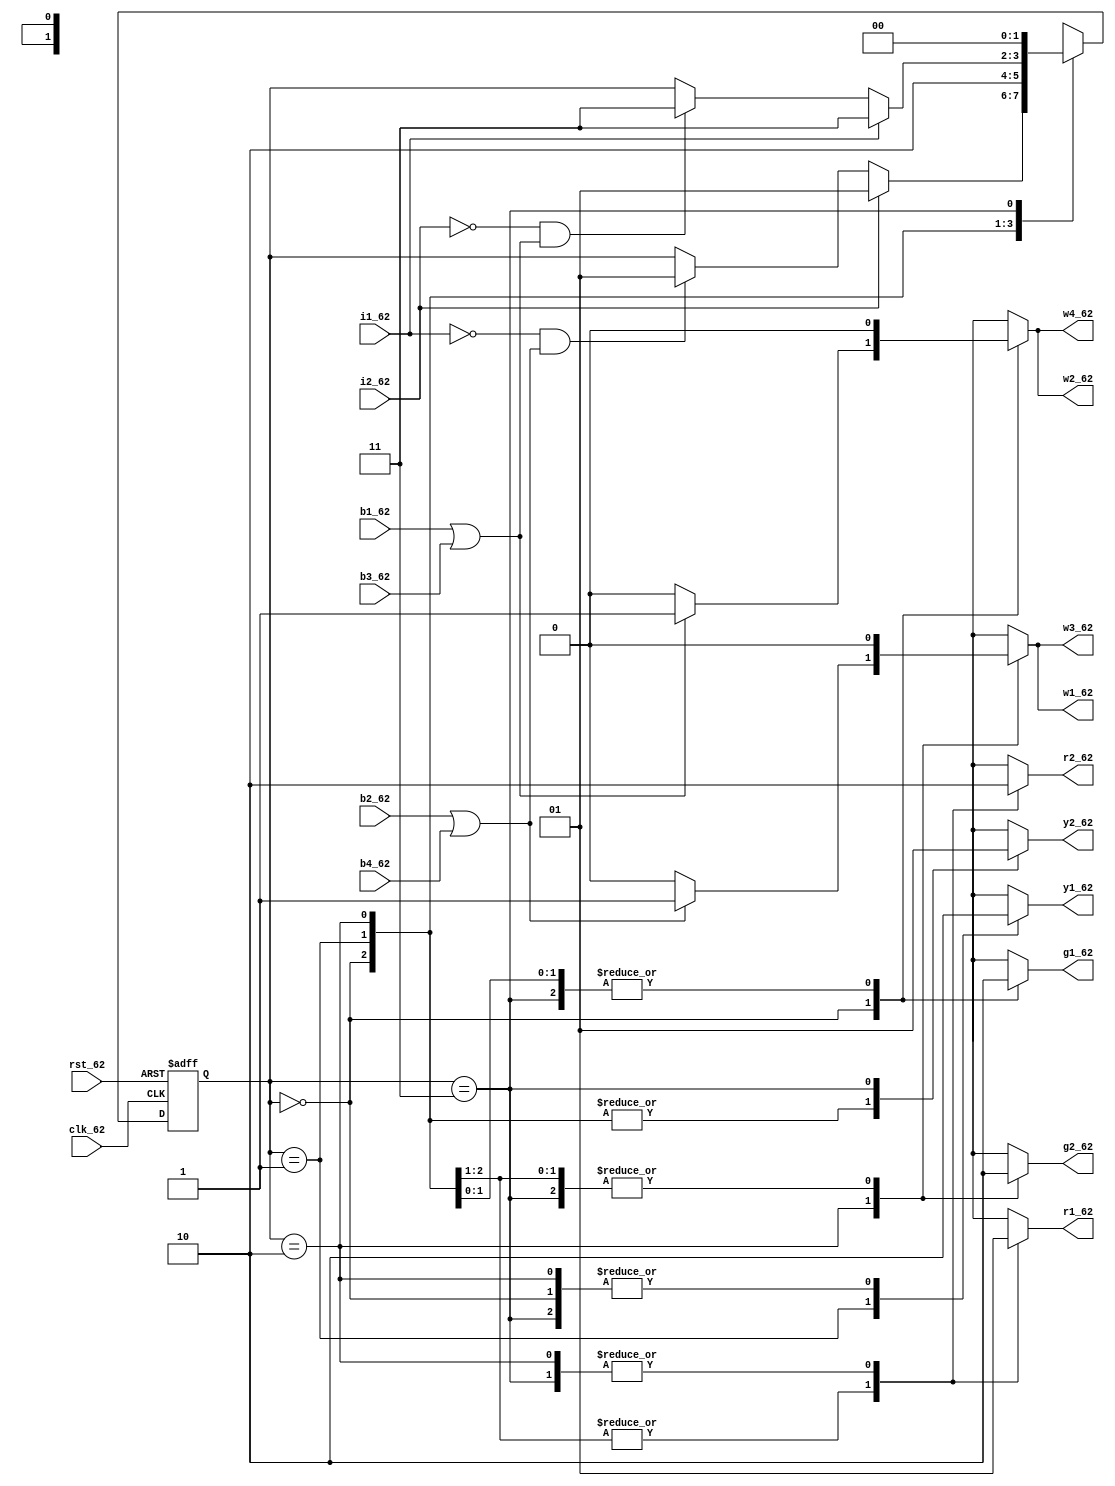
`timescale 1ns / 1ps
module labj(clk_62, rst_62, i1_62, i2_62, b1_62, b2_62, b3_62, b4_62, r1_62, y1_62, g1_62, r2_62, y2_62, g2_62, w1_62, w2_62, w3_62, w4_62);
	input clk_62, rst_62, i1_62, i2_62, b1_62, b2_62, b3_62, b4_62;
	output reg r1_62, y1_62, g1_62, r2_62, y2_62, g2_62, w1_62, w2_62, w3_62, w4_62;
/*Declaration of inputs and outputs. clk, rst, i1 and i2 are inputs
and outputs which represent lights are r1,y1,g1,r2,y2,g2. clk is your
input clock, rst is reset to your circuit, which will help in
providing initial state.
PS and NS are Present state and Next state of the circuit. The values
to next state (NS) are assigned by determining the present state and
values of inputs i1 and i2 as per logic shown below*/
	reg [1:0] PS, NS;
	always@(*) begin
		case(PS)
			//main street car driving
			2'b00: begin
				//main street lights
				g1_62 = 1;
				r1_62 = 0;
				y1_62 = 0;
				//side street lights
				g2_62 = 0;
				r2_62 = 1;
				y2_62 = 0;
				//walking lights
				w1_62 = 0;
				w2_62 = 0;
				w3_62 = 0;
				w4_62 = 0;
				//west-east person walking
				if((b1_62 == 1)|(b3_62 == 1)) begin
					w2_62 = 1;
					w4_62 = 1;
				end
				//side street car waiting
				if(i2_62 == 1) NS = 2'b01;
				//north-south person waiting
				else if ((i1_62 == 0)&((b2_62 == 1)|(b4_62 == 1))) NS = 2'b01;
				//keep lights same
				else NS = PS;
			end
			//main street slowing down
			2'b01: begin
				//main street lights
				g1_62 = 0;
				r1_62 = 0;
				y1_62 = 1;
				//side street lights
				g2_62 = 0;
				r2_62 = 1;
				y2_62 = 0;
				//walking lights
				w1_62 = 0;
				w2_62 = 0;
				w3_62 = 0;
				w4_62 = 0;
				NS = 2'b10;
			end
			//side street car driving
			2'b10: begin
				//main street lights
				g1_62 = 0;
				r1_62 = 1;
				y1_62 = 0;
				//side street lights
				g2_62 = 1;
				r2_62 = 0;
				y2_62 = 0;
				//walking lights
				w1_62 = 0;
				w2_62 = 0;
				w3_62 = 0;
				w4_62 = 0;
				//north-south person walking
				if((b2_62 == 1)|(b4_62 == 1)) begin
					w1_62 = 1;
					w3_62 = 1;
				end
				//main street car waiting
				if(i1_62 == 1) NS = 2'b11;
				//west-east person waiting
				else if ((i2_62 == 0)&((b1_62 == 1)|(b3_62 == 1))) NS = 2'b11;
				//keep lights same
				else NS = PS;
			end
			//side street slowing down
			2'b11: begin
				//main street lights
				g1_62 = 0;
				r1_62 = 1;
				y1_62 = 0;
				//side street lights
				g2_62 = 0;
				r2_62 = 0;
				y2_62 = 1;
				//walking lights
				w1_62 = 0;
				w2_62 = 0;
				w3_62 = 0;
				w4_62 = 0;
				NS = 2'b00;
			end
		endcase
	end
/* We need to transfer the nextstate decided above, to the present
state on posedge of every clock, and also, provide an initial state
for circuit to start with. Logic for the same is as below*/
	always@(posedge clk_62 or posedge rst_62) begin
		if(rst_62) begin
			PS <= 0;
		end
		else begin
			PS <= NS;
		end
	end
endmodule